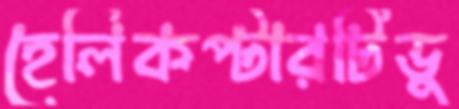
হেলিকপ্টারটিভু